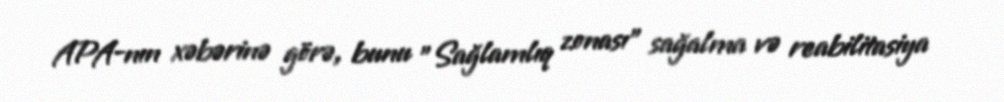
APA-nın xəbərinə görə, bunu "Sağlamlıq zonası" sağalma və reabilitasiya